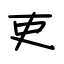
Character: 吏